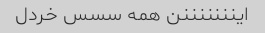
اینننننننن همه سسس خردل